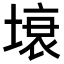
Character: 𭏗